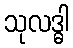
သုလဒ္ဓါ